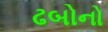
ઢબોનો